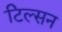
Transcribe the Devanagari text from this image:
टिल्सन